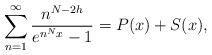
LaTeX: \begin{align*}\sum_{n=1}^{\infty}\frac{n^{N-2h}}{e^{n^{N}x}-1}=P(x)+S(x),\end{align*}